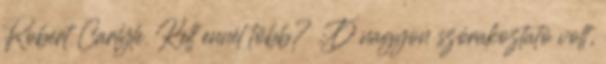
Robert Carlyle. Kell ennél több? :D nagyon szórakoztató volt,